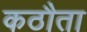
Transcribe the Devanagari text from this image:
कठौता